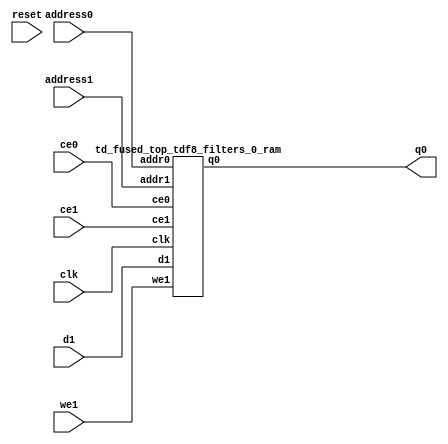
`define EXPONENT 5
`define MANTISSA 10
`define ACTUAL_MANTISSA 11
`define EXPONENT_LSB 10
`define EXPONENT_MSB 14
`define MANTISSA_LSB 0
`define MANTISSA_MSB 9
`define MANTISSA_MUL_SPLIT_LSB 3
`define MANTISSA_MUL_SPLIT_MSB 9
`define SIGN 1
`define SIGN_LOC 15
`define DWIDTH (`SIGN+`EXPONENT+`MANTISSA)
`define IEEE_COMPLIANCE 1

module td_fused_top_tdf8_filters_0(
    reset,
    clk,
    address0,
    ce0,
    q0,
    address1,
    ce1,
    we1,
    d1);

parameter DataWidth = 32'd32;
parameter AddressRange = 32'd9216;
parameter AddressWidth = 32'd14;
input reset;
input clk;
input[AddressWidth - 1:0] address0;
input ce0;
output[DataWidth - 1:0] q0;
input[AddressWidth - 1:0] address1;
input ce1;
input we1;
input[DataWidth - 1:0] d1;



td_fused_top_tdf8_filters_0_ram td_fused_top_tdf8_filters_0_ram_U(
    .clk( clk ),
    .addr0( address0 ),
    .ce0( ce0 ),
    .q0( q0 ),
    .addr1( address1 ),
    .ce1( ce1 ),
    .we1( we1 ),
    .d1( d1 )
);

endmodule
module td_fused_top_tdf8_filters_0_ram (addr0, ce0, q0, addr1, ce1, d1, we1,  clk);

parameter DWIDTH = 32;
parameter AWIDTH = 14;
parameter MEM_SIZE = 9216;

input[AWIDTH-1:0] addr0;
input ce0;
output reg[DWIDTH-1:0] q0;
input[AWIDTH-1:0] addr1;
input ce1;
input[DWIDTH-1:0] d1;
input we1;
input clk;

 reg [DWIDTH-1:0] ram[MEM_SIZE-1:0];




always @(posedge clk)  
begin 
    if (ce0) begin
        q0 <= ram[addr0];
    end
end


always @(posedge clk)  
begin 
    if (ce1) begin
        if (we1) 
            ram[addr1] <= d1; 
    end
end


endmodule